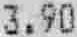
3.90